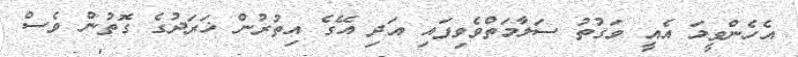
އެހެންވީމަ އެއީ ވަގުތު ސަލާމަތްވެވިފައި އަދި އޭގެ އިތުރުން ޚަރަދުގެ ގޮތުން ވެސް